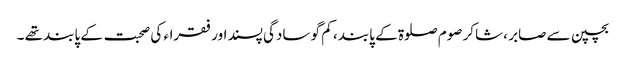
بچپن سے صابر ، شاکر صوم صلوۃ کے پابند ، کم گو سادگی پسند اور فقراء کی صحبت کے پابند تھے ۔